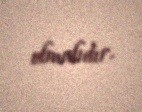
olmalıdır.